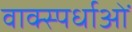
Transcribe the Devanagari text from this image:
वाक्स्पर्धाओं